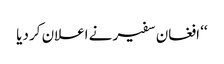
‘‘ افغان سفیر نے اعلان کر دیا